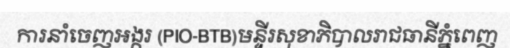
ការនាំចេញអង្ករ (PIO-BTB)មន្ទីរសុខាភិបាលរាជធានីភ្នំពេញ